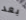
بعد